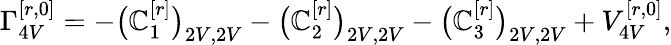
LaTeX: \Gamma_{4V}^{[r,0]}=-\big(\mathbb{C}_{1}^{[r]}\big)_{2V,2V}-\big(\mathbb{C}_{2}^{[r]}\big)_{2V,2V}-\big(\mathbb{C}_{3}^{[r]}\big)_{2V,2V}+V_{4V}^{[r,0]},